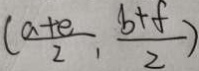
( \frac { a + e } { 2 } , \frac { b + f } { 2 } )